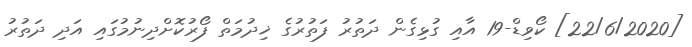
[22/6/2020] ކޯވިޑް-19 އާއި ގުޅިގެން ދަތުރު ފަތުރުގެ ޚިދުމަތް ފޯރުކޮށްދިނުމުގައި އަދި ދަތުރު